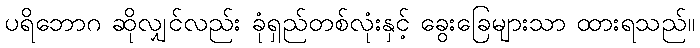
ပရိဘောဂ ဆိုလျှင်လည်း ခုံရှည်တစ်လုံးနှင့် ခွေးခြေများသာ ထားရသည်။